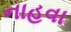
નાહવા